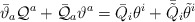
\begin{align*}\bar{\vartheta}_{a}{\cal Q}^{a}+\bar{{\cal Q}}_{a}\vartheta^{a}=\bar{Q}_{i}\theta^{i}+\bar{\tilde{Q}}_{i}\tilde{\theta}^{i}\end{align*}